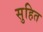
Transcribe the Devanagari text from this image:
सुहित